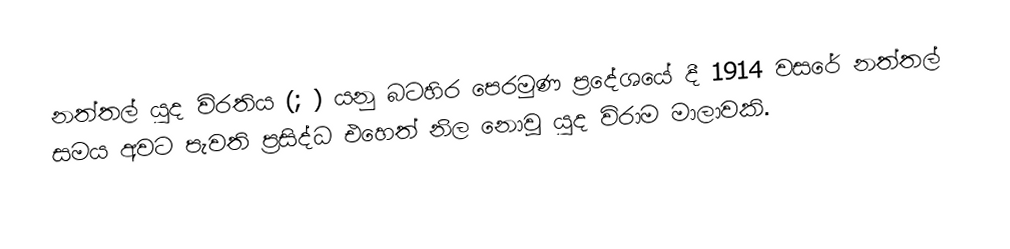
නත්තල් යුද විරතිය (; ) යනු බටහිර පෙරමුණ ප්‍රදේශයේ දී 1914 වසරේ නත්තල් සමය අවට පැවති ප්‍රසිද්ධ එහෙත් නිල නොවූ යුද විරාම මාලාවකි.